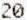
20